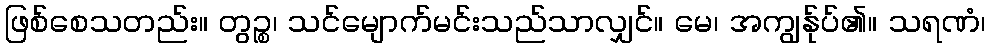
ဖြစ်စေသတည်း။ တွဉ္စ၊ သင်မျောက်မင်းသည်သာလျှင်။ မေ၊ အကျွန်ုပ်၏။ သရဏံ၊